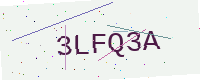
Text: 3LFQ3A